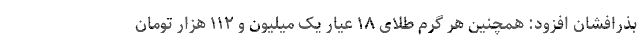
بذرافشان افزود: همچنین هر گرم طلای ۱۸ عیار یک میلیون و ۱۱۲ هزار تومان